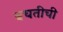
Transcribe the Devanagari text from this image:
बचतीची